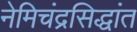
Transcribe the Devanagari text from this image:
नेमिचंद्रसिद्धांत